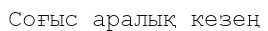
Соғыс аралық кезең